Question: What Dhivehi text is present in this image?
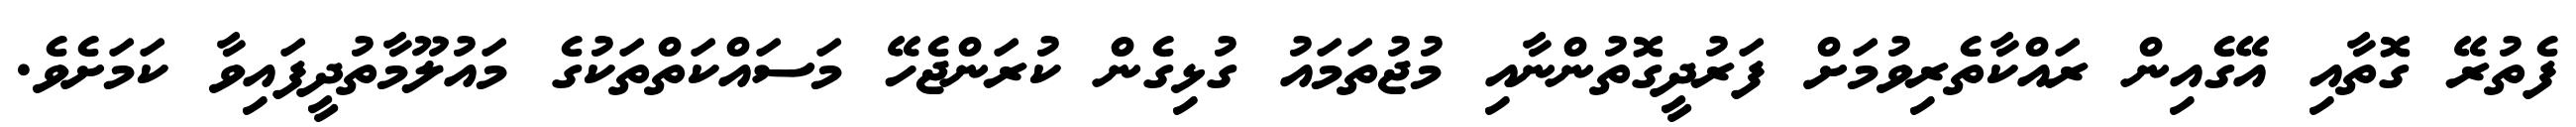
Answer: ފެތުރޭ ގޮތާއި އޭގެއިން ރައްކާތެރިވުމަށް ފަރުދީގޮތުންނާއި މުޖުތަމައު ގުޅިގެން ކުރަންޖެހޭ މަސައްކަތްތަކުގެ މައުލޫމާތުދީފައިވާ ކަމަށެވެ.